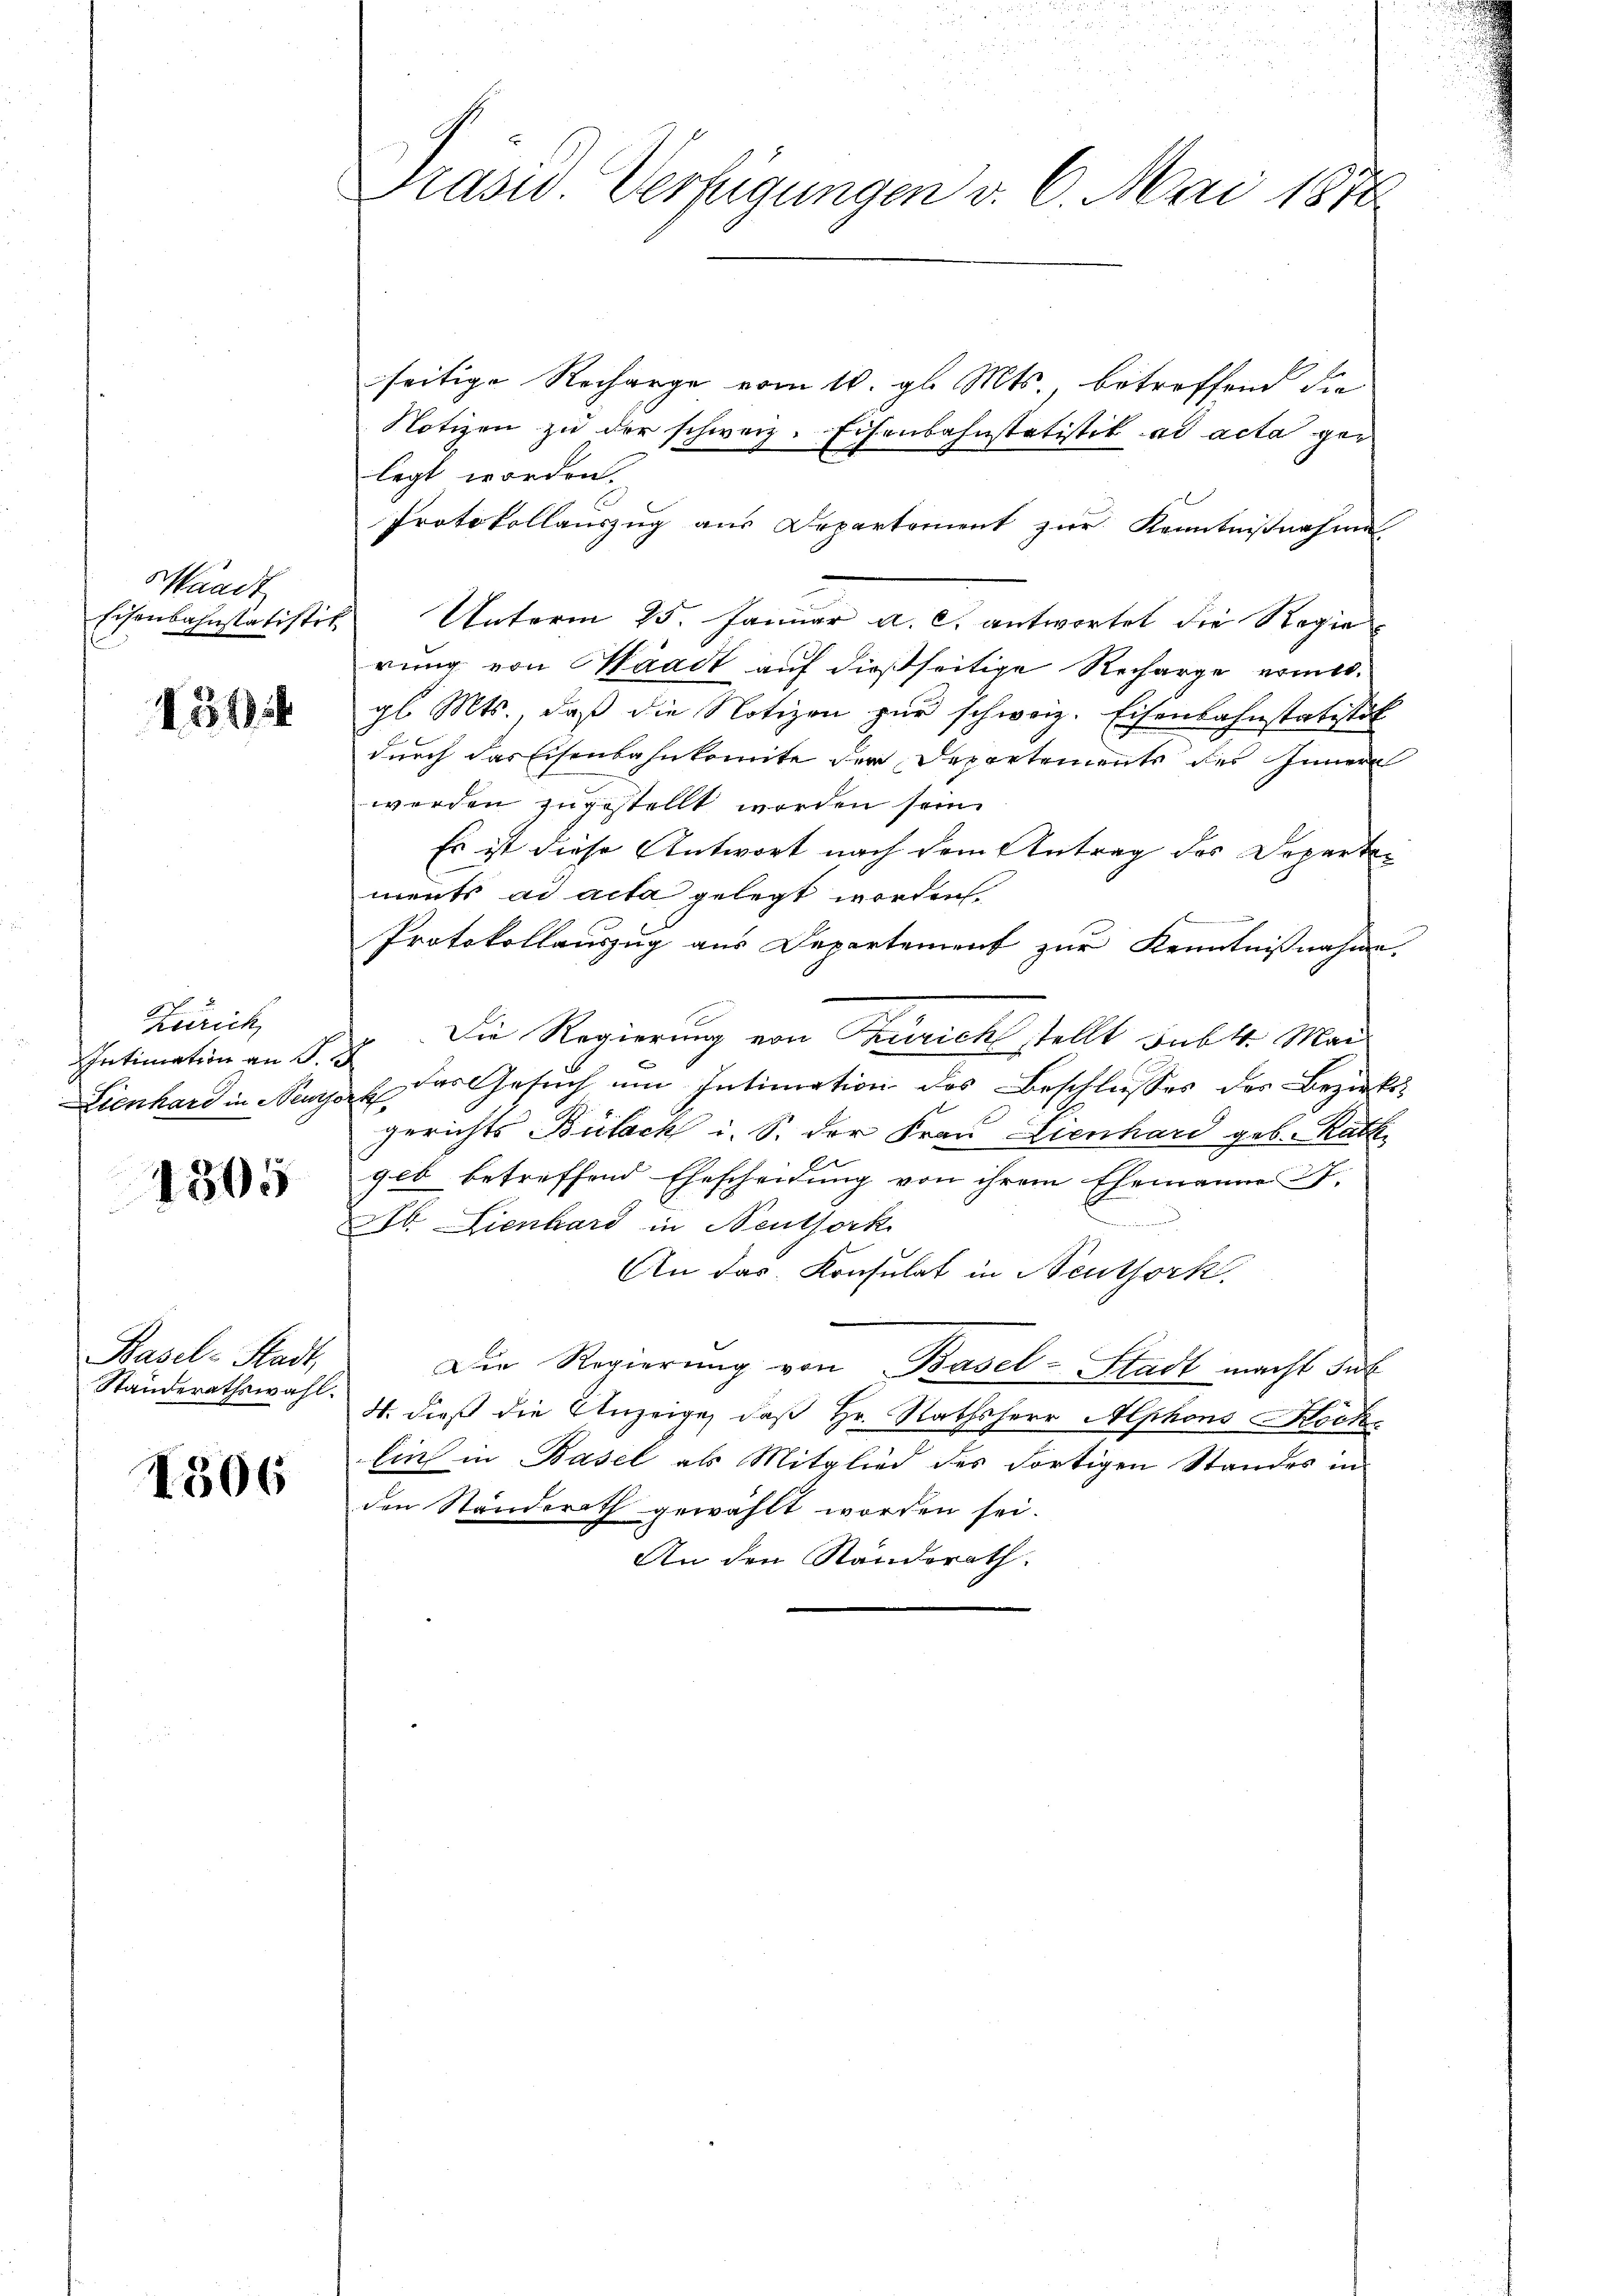
aadt
Eisenbahnstatistik

154

Zürich
Intimation an S.
Lienhard in Neuze

1505

Basel-Stadt,
Standerathswahl.

1306

Präsid Verfügungen v. 6. Mai 1870

seitige Recharge vom 10. gl. Mts., betreffend die
Notizen zu der schweiz. Eisenbahnstatistik ad acta gen
legt worden.
Protokollauszug aus Departement zur Kenntnißnahme
Unterm 25. Januar a. c. antwortet die Regierung von Waadt auf dießseitige Recharge nomis.
gl. Mts., daß die Notizen zur schweiz. Eisenbahnstatistit
durch das Eisenbahnkomite der Departements des Innern
werden zugestellt worden sein.
Es ist diese Antwort nach dem Antrag des Departen
ments ad acta gelegt worden.
Protokollauszug aus Departement zur Kenntnißnahme.
Die Regierung von Taurich stellt sub 1. Mai
¬
das Gesuch um Intimation des Beschlusses des Bezirks-
e
gerichts Bülack i. S. der Frau Lienhard geb. Rath
geb betreffend Ehescheidung von ihrem Ehemann 27.
b. Lienhard in Neuthork
An das Konsulat in Neuthork
Die Regierŭng von Basel-Stadt macht sub
4. dieß die Anzeige, daß Hr. Rathsherr Alphons Koche
lin in Basel als Mitglied des Fortigen Standes in
den Ständerath gewählt worden sei.
An den Standerath.